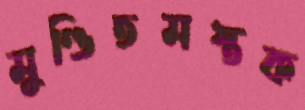
মুণ্ডিতমস্তক